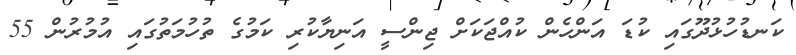
ކަނޑުހުޅުދޫގައި ކުޑަ އަންހެން ކުއްޖަކަށް ޖިންސީ އަނިޔާކުރި ކަމުގެ ތުހުމަތުގައި އުމުރުން 55